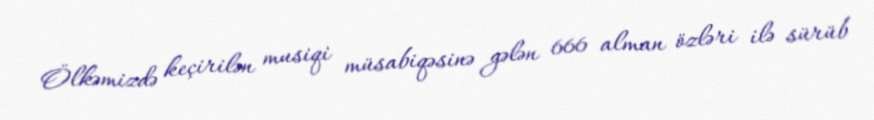
Ölkəmizdə keçirilən musiqi müsabiqəsinə gələn 666 alman özləri ilə sürüb